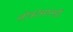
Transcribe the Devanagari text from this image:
लोकांसारखी